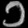
Digit: ၁